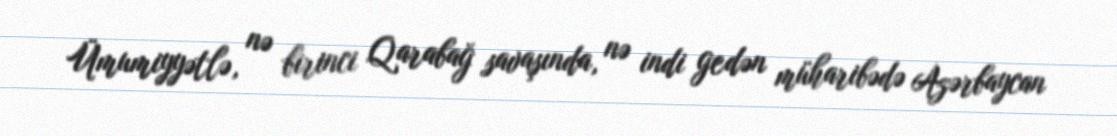
Ümumiyyətlə, nə birinci Qarabağ savaşında, nə indi gedən müharibədə Azərbaycan